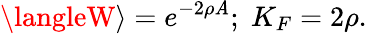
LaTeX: \langleW\rangle=e^{-2\rho\mathit{A}};\; K_{F}=2\rho.